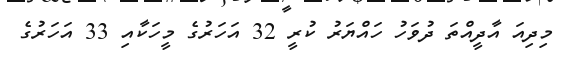
މިދިއަ އާދީއްތަ ދުވަހު ހައްޔަރު ކުރީ 32 އަހަރުގެ މީހަކާއި 33 އަހަރުގެ